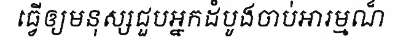
ធ្វើឲ្យមនុស្សជួបអ្នកដំបូងចាប់អារម្មណ៏